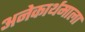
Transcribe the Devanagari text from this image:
अनेकार्थमाला